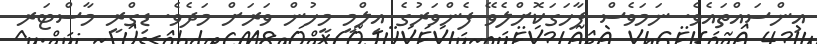
އިންސައްތައެވެ. ނަމަވެސް ފާހަގަކޮށްލެވޭ ފެންވަރުގެ އިލްމީ މީހުން ވަރަށް މަދެވެ. ޑިގްރީ މާސްޓަރ